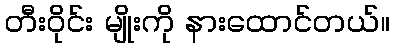
တီးဝိုင်း မျိုးကို နားထောင်တယ်။